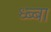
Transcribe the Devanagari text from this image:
ध्ब्बा